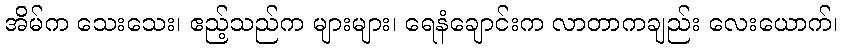
အိမ်က သေးသေး၊ ဧည့်သည်က များများ၊ ရေနံချောင်းက လာတာကချည်း လေးယောက်၊